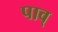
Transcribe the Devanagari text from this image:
पाव्